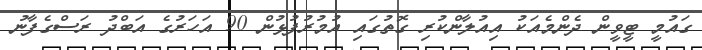
ގައުމީ ޓީވީން ދެންމެއަކު އިއުލާންކުރި ގޮތުގައި އުމުރުފުޅުން 90 އަހަރުގެ އަބްދު ރަސްގެފާނު